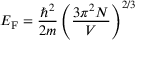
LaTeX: E _ { \mathrm { F } } = { \frac { \hbar ^ { 2 } } { 2 m } } \left( { \frac { 3 \pi ^ { 2 } N } { V } } \right) ^ { 2 / 3 }